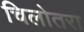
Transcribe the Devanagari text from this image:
चिलोतरा